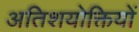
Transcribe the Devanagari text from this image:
अतिशयोक्तियों